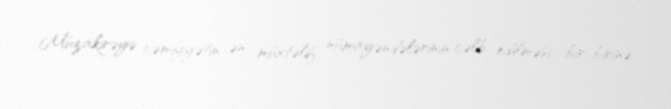
Müzakirəyə cəmiyyətin ən müxtəlif nümayəndələrinin cəlb edilməsi, bir-birinə